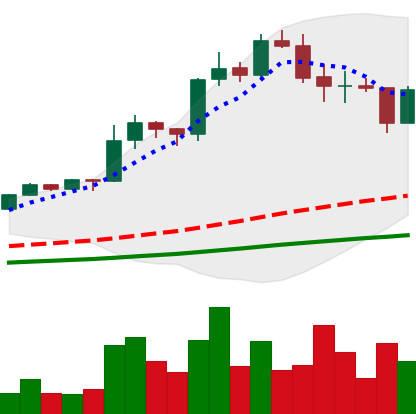
Ticker: LINK-USD
Chart end date: 2020-08-22
Forward return: -9.163%
Label: down_7plus